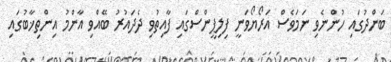
ބަންދުގައި ހުންނެވި ނަމަވެސް އަރޯޔޯވަނީ ފިލިޕީންސްގައި ފާއިތުވި ދެދައުރު ބޭއްވި އާންމު އިންތިޚާބުގައި